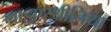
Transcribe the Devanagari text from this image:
माइएस्थीनिया